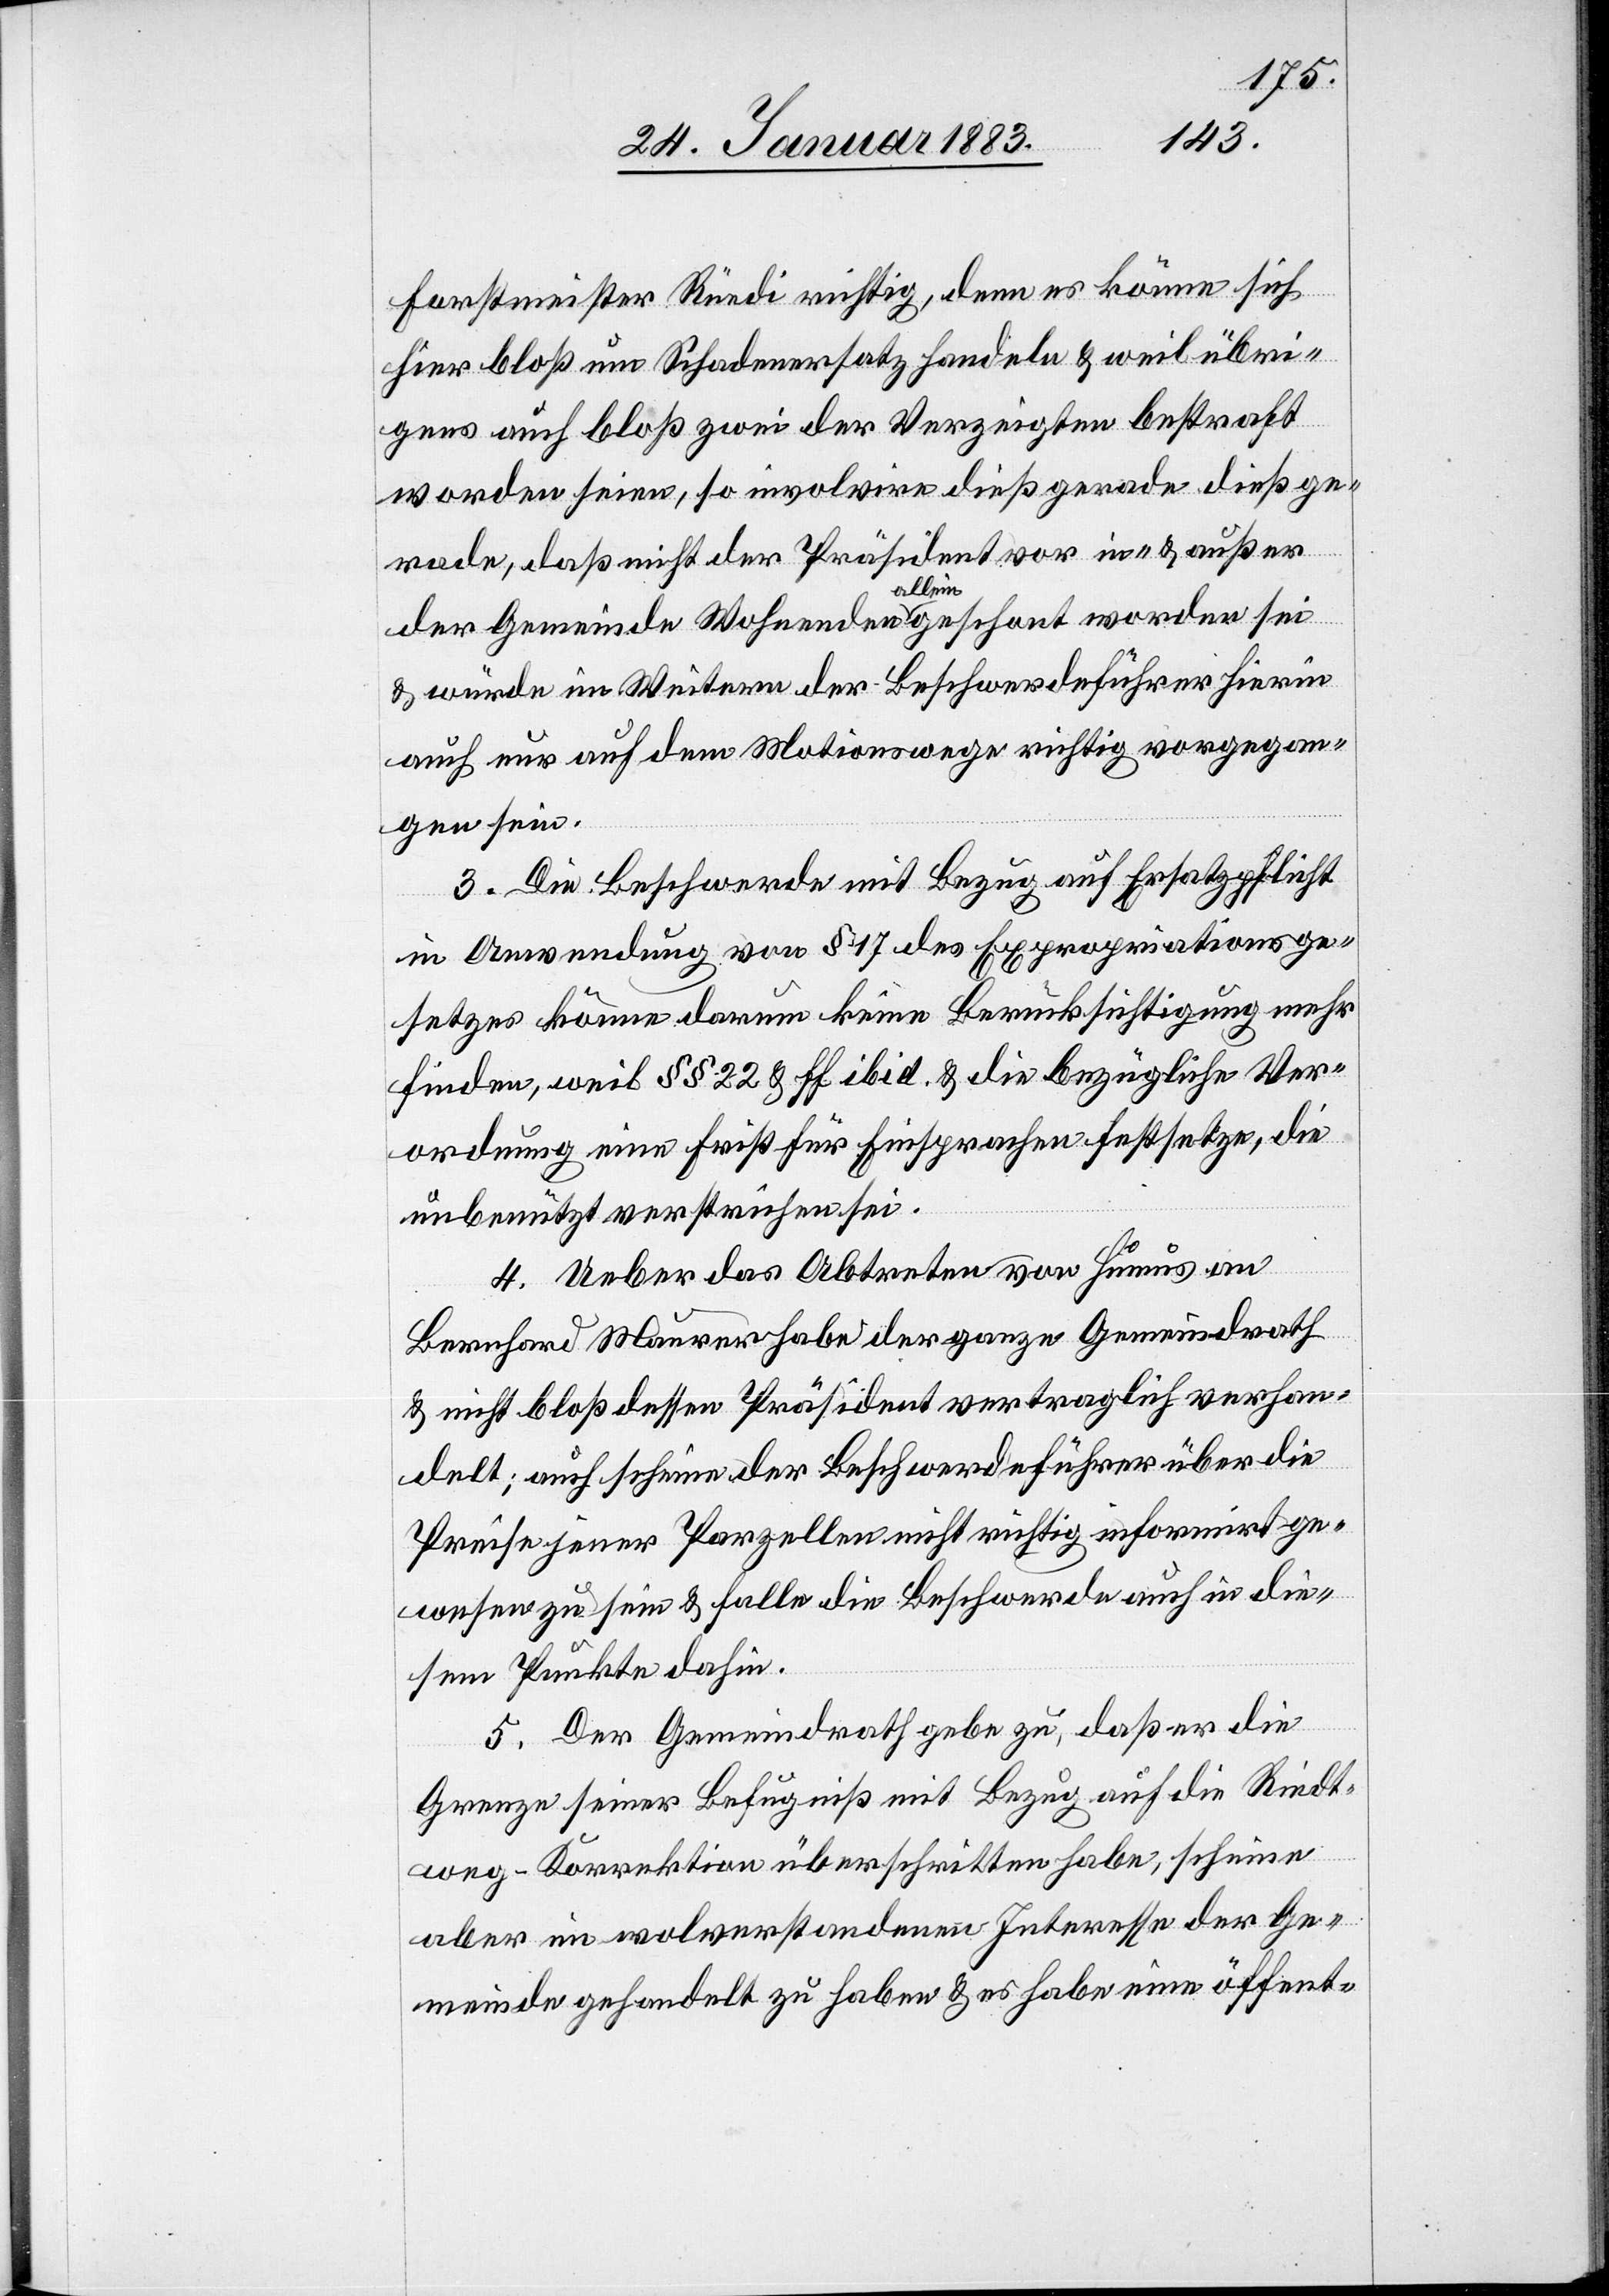
rade
Forstmeister Rüedi richtig, denn es könne sich
hier bloß um Schadenersatz handeln & weil übri¬
gens auch bloß zwei der Verzeigten bestraft
worden seien, so involvire dieß gerade dieß ge¬
[sic!], daß nicht der Präsident vor in- & außer
der Gemeinde Wohnenden a-allein-a geschont worden sei
& würde im Weitern der Beschwerdeführer hierin
auch nur auf dem Motionswege richtig vorgegan¬
gen sein.
3. Die Beschwerde mit Bezug auf Ersatzpflicht
in Anwendung von § 17 des Expropriationsge¬
setzes könne darum keine Berücksichtigung mehr
finden, weil §§ 22 & ff ibid. & die bezügliche Ver¬
ordnung eine Frist für Einsprachen festsetze, die
unbenützt verstrichen sei.
4. Ueber das Abtreten von Humus an
Bernhard Maurer habe der ganze Gemeindrath
& nicht bloß dessen Präsident vertraglich verhan¬
delt; auch scheine der Beschwerdeführer über die
Preise jener Parzellen nicht richtig informirt ge¬
wesen zu sein & falle die Beschwerde auch in die¬
sem Punkte dahin.
5. Der Gemeindrath gebe zu, daß er die
Grenze seiner Befugniß mit Bezug auf die Riedt¬
weg-Korrektion überschritten habe, scheine
aber im wolverstandenen Interesse der Ge¬
meinde gehandelt zu haben & es habe eine öffent-